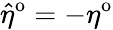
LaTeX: \hat{\eta}^{\mathrm{o}}=-\eta^{\mathrm{o}}